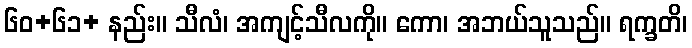
၆၀+၆၁+ နည်း။ သီလံ၊ အကျင့်သီလကို။ ကော၊ အဘယ်သူသည်။ ရက္ခတိ၊